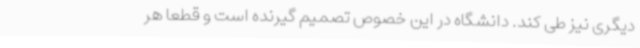
دیگری نیز طی کند. دانشگاه در این خصوص تصمیم گیرنده است و قطعاً هر